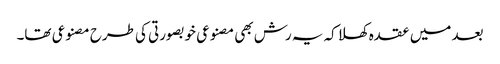
بعد میں عقدہ کھلا کہ یہ رش بھی مصنوعی خوبصورتی کی طرح مصنوعی تھا۔